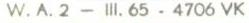
W. A. 2 - III. 65. - 4706 VK